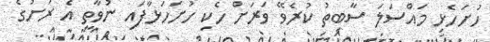
ހުށަހެޅި މައްސަލަ ސާބިތު ކުރެވޭ ވަރަށް ހެކި ހުށަހަޅާފައި ނުވާތީ އެ ރަށުގެ